Medical and sanitary report of the native army of Bengal for the year
Year: 1874
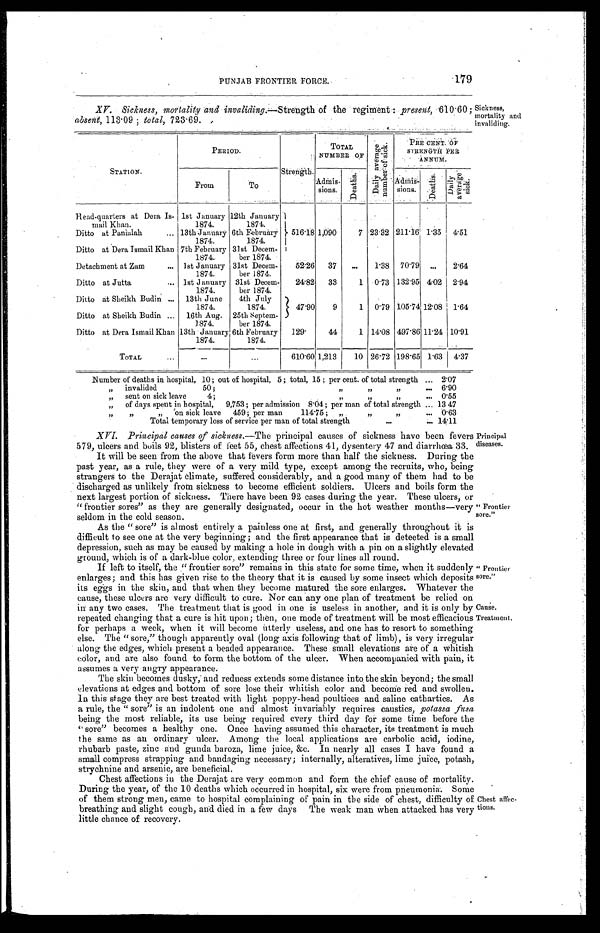
PUNJAB FRONTIER FORCE.
179
•
XV. Sickness, mortality and invaliding.—Strength of the regiment : present, 610.60 ;
absent, 113.09 ; total, 723.69.
STATION.
PERIOD.
Strength.
TOTAL
NUMBER OF
D a i l y a v e r a g e n u m b e r o f s i c k .
PRE CENT. OF
STRENGTH PER
ANN UM.
From
T o
Admis-sions.
D e a t h s .
Admi s- si ons.
De a t h s .
D a i l y a v e r a g e s i c k .
Head-quarters at Dera Is-
mail Khan.
1st January
1874.
12th January
1874.
Ditto at Panialah
... 13th January
1874.
6th February
1874.
516.18
1 , 0 9 0
7 23.32 211.16 1.35 4.51
Ditto at Dera Ismail Khan 7th February
1874.
31st Decem-
ber 1874.
Detachment at Zam
... 1st January
1874.
31st Decem-
ber 1874.
52.26 37 ...
1.38 70.79 ... 2.64
Ditto at Jutta
... 1st January
1874.
31st Decem-
ber 1874.
24.82 33
1 0.73 132.95 4.02 2.94
Ditto at Sheikh Budin ... 13th June
1874.
4th July
1874.
47.90
9
1 0.79 105.74 12.08 1.64
Ditto at Sheikh Budin ... 16th Aug.
1874.
25th Septem-
ber 1874.
Ditto at Dera Ismail Khan 13th January
1874.
6th February
1874.
129.
44
1 14.08 497.86 11.24 10.91
TOTAL
...
...
. . .
610.60
1 , 2 1 3 10 26.72 198.65 1.63 4.37
Number of deaths in hospital, 10 ; out of hospital, 5 ; total, 15 ; per cent. of total strength ... 2.07
" invalided
50
; " " "
. . . 6.90
„ sent on sick leave
4 ;
" " "
. . . 0.55
" of days spent in hospital, 9,753 ; per admission 8.04 ; per man of total strength ... 13.47
" " "
on sick leave 459 ; per man 114.75 ; " " "
. . . 0.63
Total temporary loss of service per man of total strength
. . .
... 14.11
Sickness,
mortality and
invaliding.
XVI. Principal causes of sickness. —The principal causes of sickness have been fevers
579, ulcers and boils 92, blisters of feet 55, chest affections 41, dysentery 47 and diarrhœa 33.
It will be seen from the above that fevers form more than half the sickness. During the
past year, as a rule, they were of a very mild type, except among the recruits, who, being
strangers to the Derajat climate, suffered considerably, and a good many of them had to be
discharged as unlikely from sickness to become efficient soldiers. Ulcers and boils form the
next largest portion of sickness. There have been 92 cases during the year. These ulcers, or
"frontier sores" as they are generally designated, occur in the hot weather months—very
seldom in the cold season.
As the "sore" is almost entirely a painless one at first, and generally throughout it is
difficult to see one at the very beginning ; and the first appearance that is detected is a small
depression, such as may be caused by making a hole in dough with a pin on a slightly elevated
ground, which is of a dark-blue color, extending three or four lines all round.
If left to itself, the "frontier sore" remains in this state for some time, when it suddenly
enlarges ; and this has given rise to the theory that it is caused by some insect which deposits
its eggs in the skin, and that when they become matured the sore enlarges. Whatever the
cause, these ulcers are very difficult to cure. Nor can any one plan of treatment be relied on
in any two cases. The treatment that is good in one is useless in another, and it is only by
repeated changing that a cure is hit upon ; then, one mode of treatment will be most efficacious
for perhaps a week, when it will become utterly useless, and one has to resort to something
else. The "sore," though apparently oval (long axis following that of limb), is very irregular
along the edges, which present a beaded appearance. These small elevations are of a whitish
color, and are also found to form the bottom of the ulcer. When accompanied with pain, it
assumes a very angry appearance
.
The skin becomes dusky, and redness extends some distance into the skin beyond ; the small
elevations at edges and bottom of sore lose their whitish color and become red and swollen.
In this stage they are best treated with light poppy-head poultices and saline cathartics. As
a r u l e , t h e " s o r e " i s a n i n d o l e n t o n e a n d a l mo s t i n v a r i a b l y r e q u i r e s c a u s t i c s , p o t a s s a f u s a
being the most reliable, its use being required every third day for some time before the
"sore" becomes a healthy one. Once having assumed this character, its treatment is much
the same as an ordinary ulcer. Among the local applications are carbolic acid, iodine,
rhubarb paste, zinc and gunda baroza, lime juice, &c. In nearly all cases I have found a
small compress strapping and bandaging necessary ; internally, alteratives, lime juice, potash,
strychnine and arsenic, are beneficial.
C h e s t a f f e c t i o n s i n t h e D e r a j a t a r e v e r y c o m m o n a n d f o r m t h e c h i e f c a u s e o f m o r t a l i t y .
During the year, of the 10 deaths which occurred in hospital, six were from pneumonia. Some
of them strong men, came to hospital complaining of pain in the side of chest, difficulty of
breathing and slight cough, and died in a few days. The weak man When attacked has very
little chance of recovery.
Principal
diseases.
"Frontier
sore."
"Frontier
sore."
Cause.
Treatment.
Chest affec-
tions.